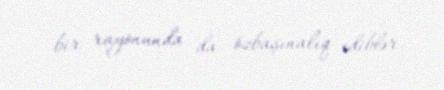
bir rayonunda da özbaşınalıq ediblər.